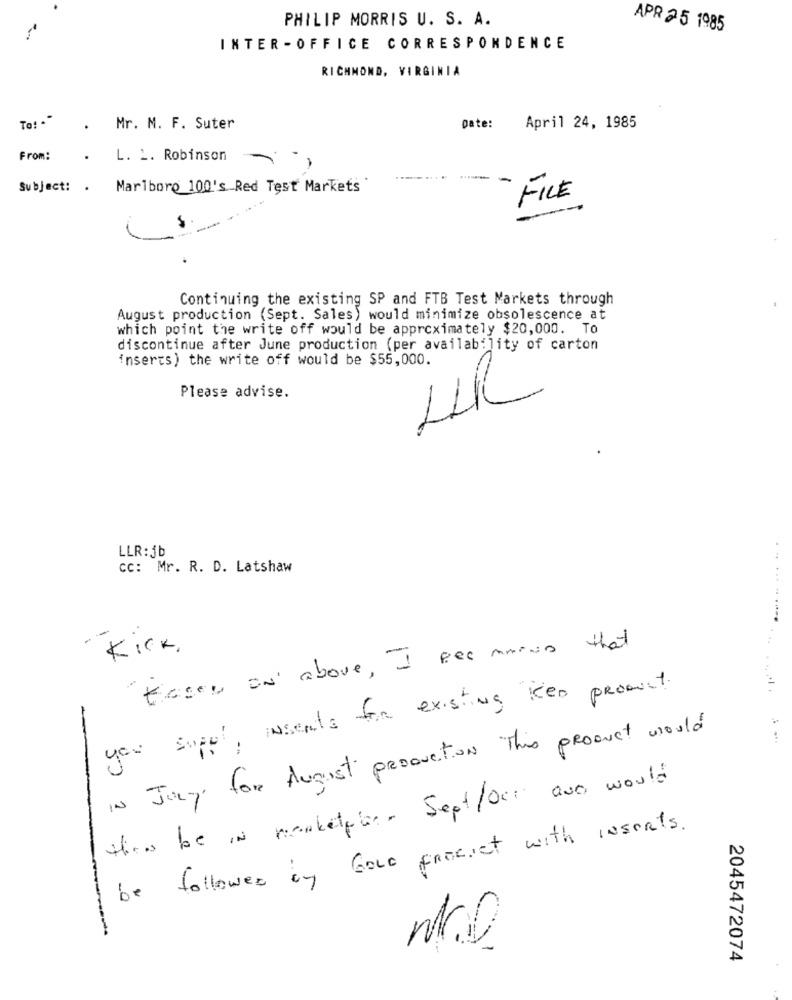
PHILIP MORRIS U. S. A.
-
APR 25 1985
INTER - OFFICE CORRESPONDENCE
RICHMOND, VIRGINIA
To! **
.
Mr. M. F. Suter
Date:
April 24, 1985
From:
.
L. L. Robinson
Subject: . Marlboro 100's Red Test Markets'
FILE
$
Continuing the existing SP and FTB Test Markets through
August production (Sept. Sales) would minimize obsolescence at
which point the write off would be approximately $20,000. To
discontinue after June production (per availability of carton
inserts) the write off would be $55,000.
Please advise.
HR
LLR : jb
CC: Mr. R. D. Latshaw
... .........
..
Kick .
"tager on above , I Rec mming that
you suppl, inserts for existing ken product.
IN Jury for August production This product would
this be IN marketpor. Sept/oct ane would
be followed by Gove frocict with inserts .
2045472074